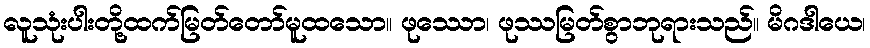
လူသုံးပါးတို့ထက်မြတ်တော်မူထသော။ ဖုဿော၊ ဖုဿမြတ်စွာဘုရားသည်။ မိဂဒါယေ၊